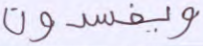
ويفسدون